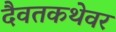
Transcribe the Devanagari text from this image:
दैवतकथेवर